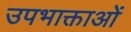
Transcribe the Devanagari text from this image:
उपभाक्ताओं